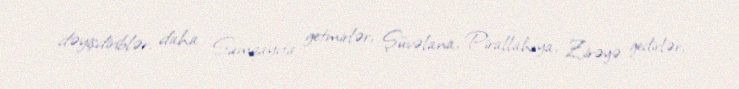
dəyişdiriblər, daha Sumqayıta getmirlər, Şüvəlana, Pirallahıya, Zirəyə gedirlər,